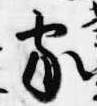
家